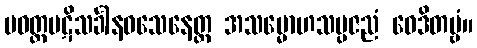
ပဝတ္တပဋိသင်္ခါနဝသေနေတ္ထ အသမ္မောဟသမ္ပဇညံ ဝေဒိတဗ္ဗံ။